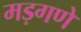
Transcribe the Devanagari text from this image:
मड़गणे